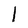
Character: l